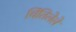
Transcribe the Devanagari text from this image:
चिंतिलेले